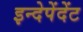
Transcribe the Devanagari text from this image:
इन्देपेंदेंट